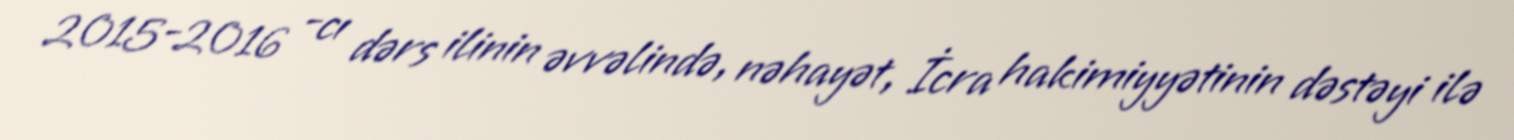
2015-2016 -cı dərs ilinin əvvəlində, nəhayət, İcra hakimiyyətinin dəstəyi ilə